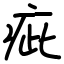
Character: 疵